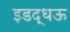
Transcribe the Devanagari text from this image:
इडद्धऊ